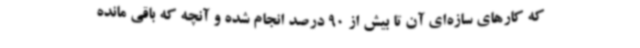
که کارهای سازه‌ای آن تا بیش از 90 درصد انجام شده و آنچه که باقی مانده